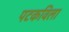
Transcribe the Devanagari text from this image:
पटकविला